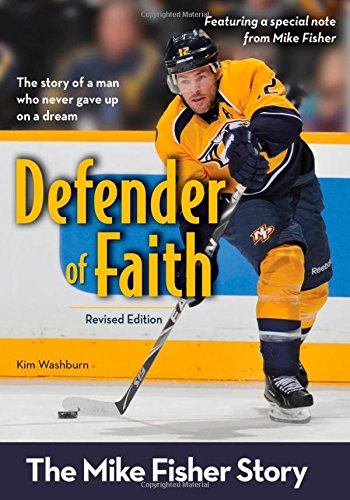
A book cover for Defender of Faith, Revised Edition: The Mike Fisher Story (ZonderKidz Biography); Kim Washburn; Children's Books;